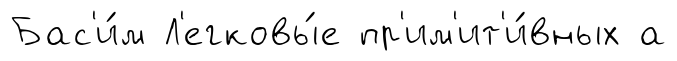
Бас'и́м Л'егковы́е пр'им'ит'и́вных а